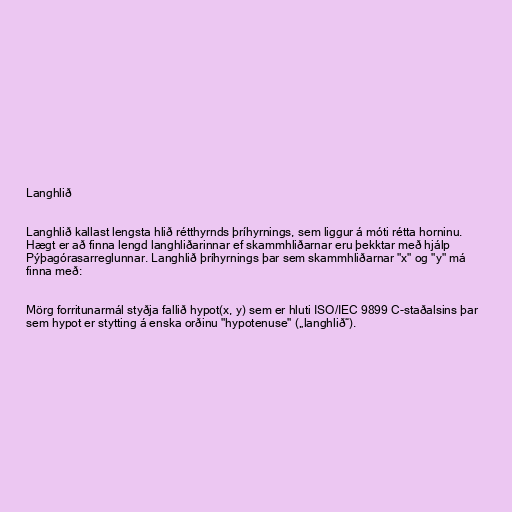
Langhlið

Langhlið kallast lengsta hlið rétthyrnds þríhyrnings, sem liggur á móti rétta horninu.
Hægt er að finna lengd langhliðarinnar ef skammhliðarnar eru þekktar með hjálp
Pýþagórasarreglunnar. Langhlið þríhyrnings þar sem skammhliðarnar "x" og "y" má
finna með:

Mörg forritunarmál styðja fallið hypot(x, y) sem er hluti ISO/IEC 9899 C-staðalsins þar
sem hypot er stytting á enska orðinu "hypotenuse" („langhlið“).